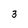
Character: 3